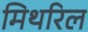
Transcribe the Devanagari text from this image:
मिथरिल